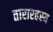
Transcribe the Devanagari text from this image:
तारारहस्य